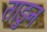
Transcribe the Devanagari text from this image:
ताडुन